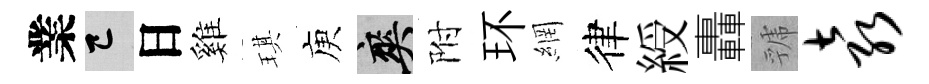
業巳日雞琪庾爽附环網律綬轟虢袁